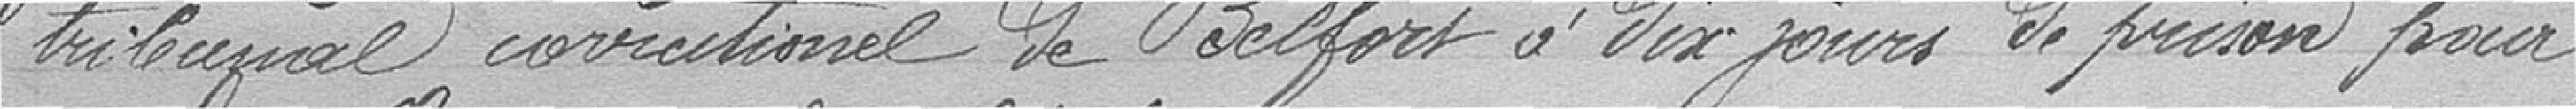
tribunal correctionnel de Belfort à dix jours d eprison pour